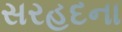
સરહદના